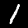
Label: 1